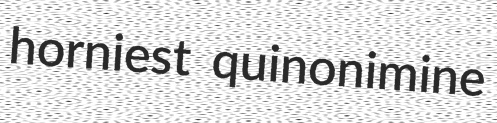
horniest quinonimine